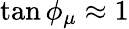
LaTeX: {\tan\phi_{\mu}}\approx 1